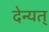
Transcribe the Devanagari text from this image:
देन्यत्